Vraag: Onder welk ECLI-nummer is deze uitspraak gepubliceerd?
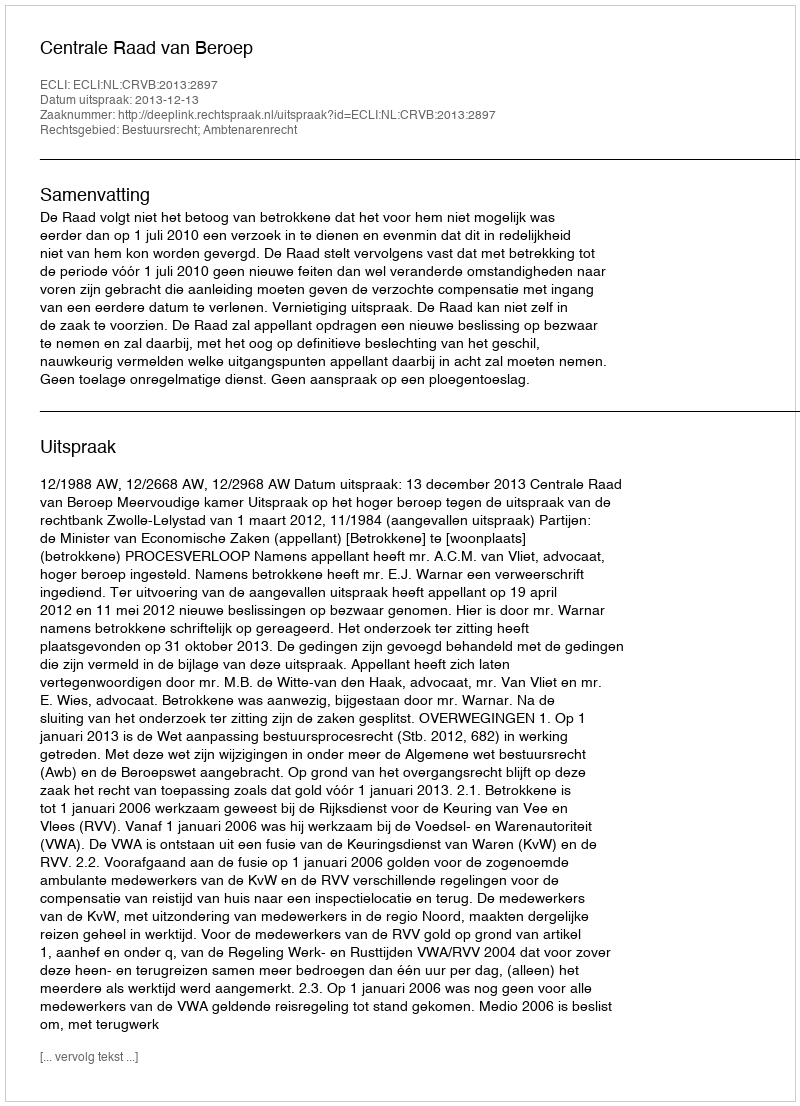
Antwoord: ECLI:NL:CRVB:2013:2897